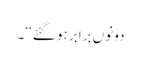
دونوں برابر ہو گئے‘‘۔